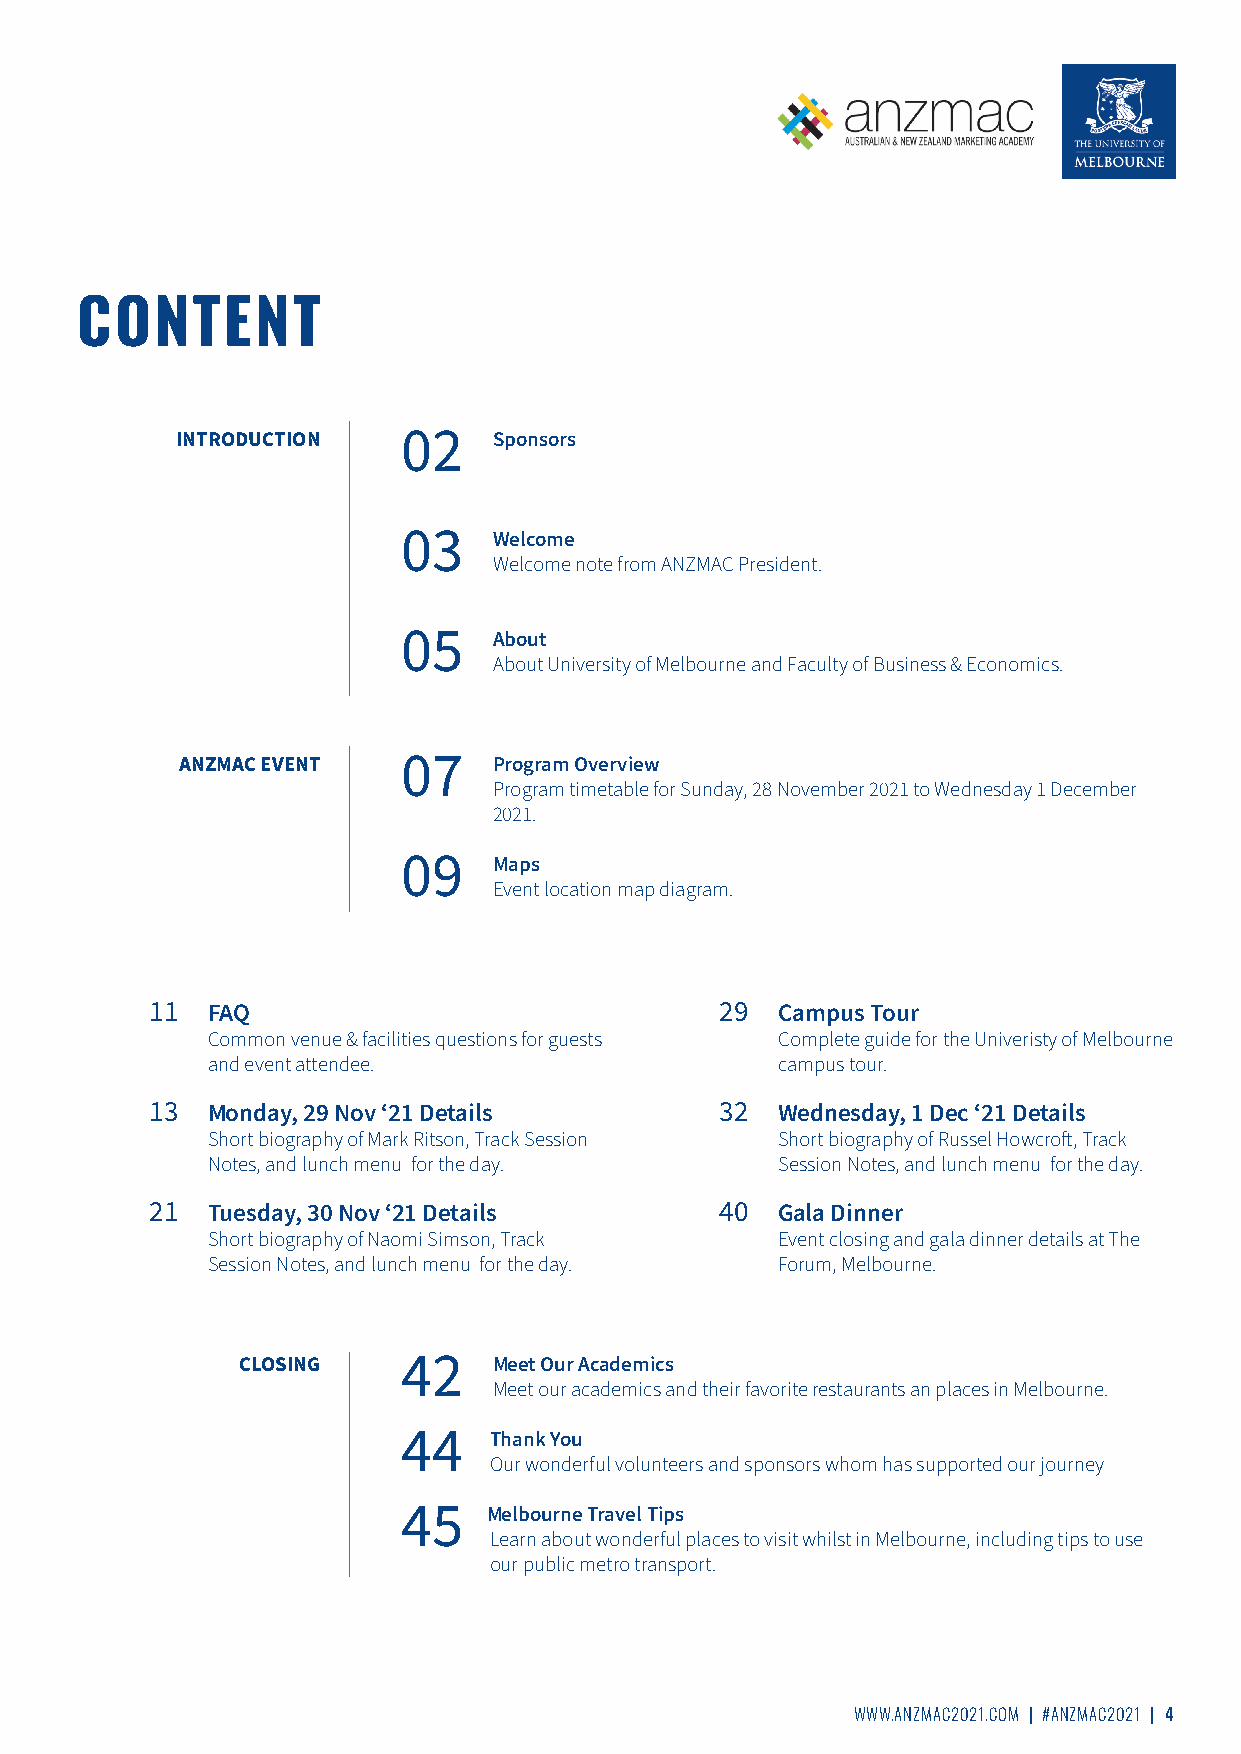
CONTENT
 INTRODUCTION   02    Sponsors
 03    Welcome
 Welcome note from ANZMAC President.
 05    About
 About University of Melbourne and Faculty of Business & Economics.
 ANZMAC EVENT   07    Program Overview
 Program timetable for Sunday, 28 November 2021 to Wednesday 1 December
 2021.
 09    Maps
 Event location map diagram.
 11  FAQ                               29 Campus Tour
 Common venue & facilities questions for guests Complete guide for the Univeristy of Melbourne
 and event attendee.                  campus tour.
 13  Monday, 29 Nov ‘21 Details        32 Wednesday, 1 Dec ‘21 Details
 Short biography of Mark Ritson, Track Session Short biography of Russel Howcroft, Track
 Notes, and lunch menu for the day.   Session Notes, and lunch menu for the day.
 21  Tuesday, 30 Nov ‘21 Details       40 Gala Dinner
 Short biography of Naomi Simson, Track Event closing and gala dinner details at The
 Session Notes, and lunch menu for the day. Forum, Melbourne.
 CLOSING    42    Meet Our Academics
 Meet our academics and their favorite restaurants an places in Melbourne.
 44   Thank You
 Our wonderful volunteers and sponsors whom has supported our journey
 45   Melbourne Travel Tips
 Learn about wonderful places to visit whilst in Melbourne, including tips to use
 our public metro transport.
 WWW.ANZMAC2021.COM | #ANZMAC2021 | 4